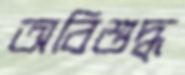
অবিশুদ্ধ